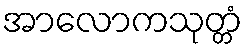
အာလောကသုတ္တံ